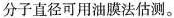
分子直径可用油膜法估测。